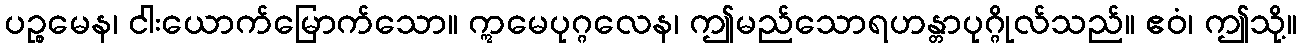
ပဉ္စမေန၊ ငါးယောက်မြောက်သော။ ဣမေပုဂ္ဂလေန၊ ဤမည်သောရဟန္တာပုဂ္ဂိုလ်သည်။ ဧဝံ၊ ဤသို့။